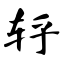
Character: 轷